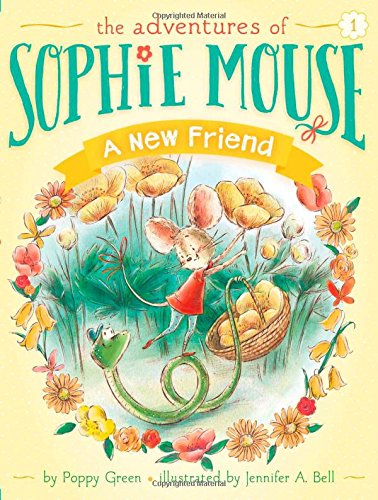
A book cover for A New Friend (The Adventures of Sophie Mouse); Poppy Green; Children's Books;